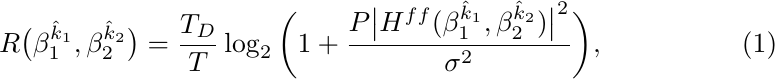
\begin{align}
   \label{eqn:achievablerates}
&R\big(\beta^{\hat{k}_1}_1, \beta^{\hat{k}_2}_2\big) = \frac{T_D}{T}\log_2\bigg(1 +
\frac{P\big|H^{ff}(\beta^{\hat{k}_1}_1, \beta^{\hat{k}_2}_2)\big|^2}{\sigma^2}\bigg),
\end{align}